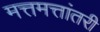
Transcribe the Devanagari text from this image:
मत्तमत्तांतरी